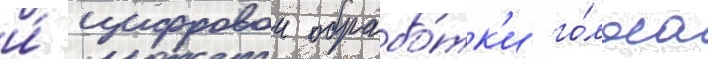
и́ цифровои обрабо́тк'и го́лоса